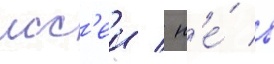
исс'еи / н'е́ в